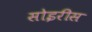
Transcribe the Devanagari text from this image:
सोइरीस